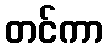
တင်ကာ